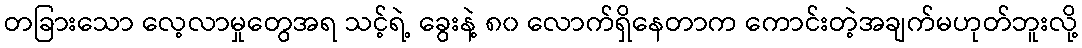
တခြားသော လေ့လာမှုတွေအရ သင့်ရဲ့ ခွေးနဲ့ ၈၀ လောက်ရှိနေတာက ကောင်းတဲ့အချက်မဟုတ်ဘူးလို့